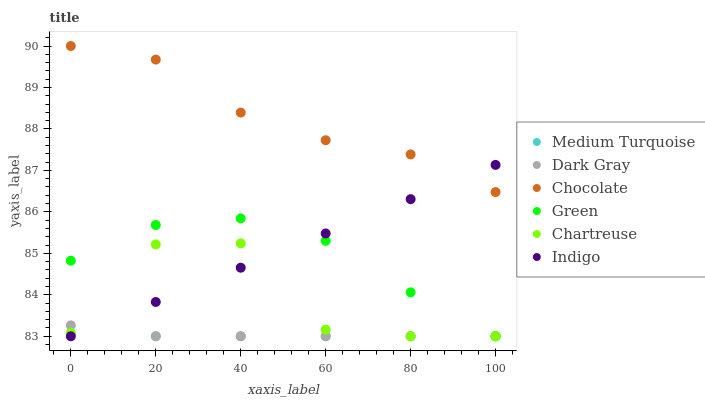
| xaxis_label | Medium Turquoise | Dark Gray | Chocolate | Green | Chartreuse | Indigo |
 | --- | --- | --- | --- | --- | --- | --- |
 | 0 | 83.1 | 83.3 | 90 | 84.8 | 83.1 | 83 |
 | 20 | 83 | 83 | 89.7 | 85.7 | 85.2 | 83.8 |
 | 40 | 83 | 83 | 88.4 | 85.8 | 85.2 | 84.7 |
 | 60 | 83 | 83 | 87.7 | 85.3 | 83.2 | 85.5 |
 | 80 | 83 | 83 | 87.4 | 84.1 | 83 | 86.3 |
 | 100 | 83 | 83 | 86.5 | 83 | 83 | 87.1 |